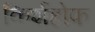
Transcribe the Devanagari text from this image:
किर्शहोफ